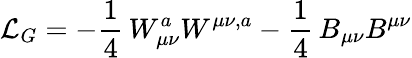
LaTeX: {\cal L}_{G}=-\frac{1}{4}\, W_{\mu\nu}^{a}W^{\mu\nu,a}-\frac{1}{4}\, B_{\mu\nu}B^{\mu\nu}